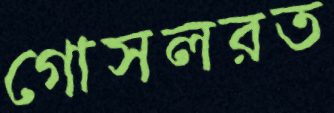
গোসলরত